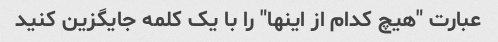
عبارت "هیچ کدام از اینها" را با یک کلمه جایگزین کنید